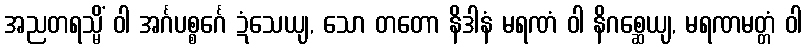
အညတရသ္မိံ ဝါ အင်္ဂပစ္စင်္ဂေ ဍံသေယျ, သော တတော နိဒါနံ မရဏံ ဝါ နိဂစ္ဆေယျ, မရဏမတ္တံ ဝါ